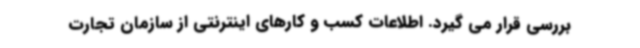
بررسی قرار می گیرد. اطلاعات کسب و کارهای اینترنتی از سازمان تجارت